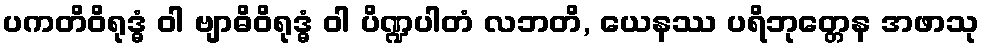
ပကတိဝိရုဒ္ဓံ ဝါ ဗျာဓိဝိရုဒ္ဓံ ဝါ ပိဏ္ဍပါတံ လဘတိ, ယေနဿ ပရိဘုတ္တေန အဖာသု